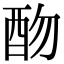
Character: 𨟸